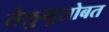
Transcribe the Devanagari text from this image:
तेलुगूसोबत